Annual statistical returns and brief notes on vaccination in Bengal - 1896-1909
Year: 1896
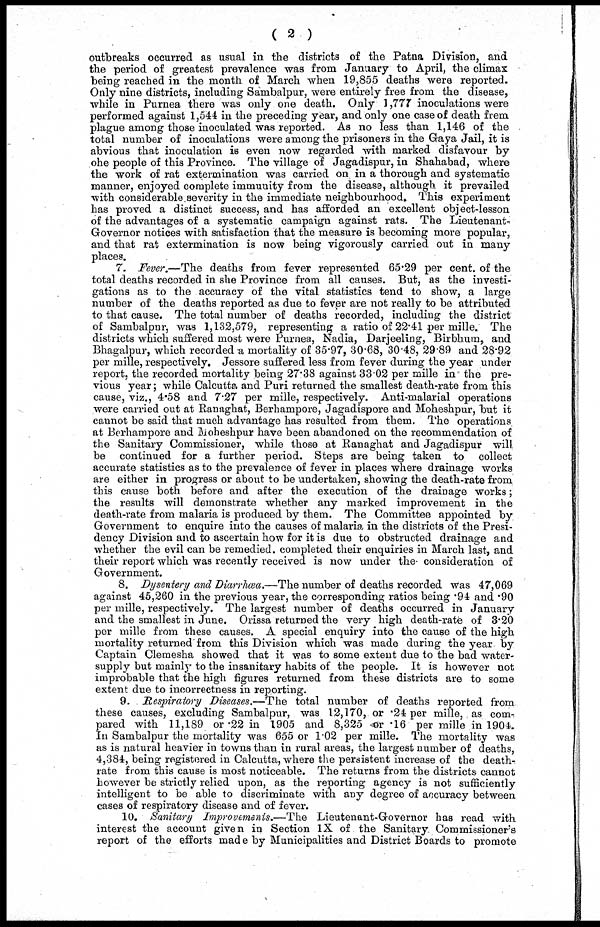
( 2 )
outbreaks occurred as usual in the districts of the Patna Division, and
the period of greatest prevalence was from January to April, the climax
being reached in the month of March when 19,855 deaths were reported.
Only nine districts, including Sambalpur, were entirely free from the disease,
while in Purnea there was only one death. Only 1,777 inoculations were
performed against 1,544 in the preceding year, and only one case of death frem
plague among those inoculated was reported. As no less than 1,146 of the
total number of inoculations were among the prisoners in the Gaya Jail, it is
abvious that inoculation is even now regarded with marked disfavour by
ohe people of this Province. The village of Jagadispur, in Shahabad, where
the work of rat extermination was carried on in a thorough and systematic
manner, enjoyed complete immunity from the disease, although it prevailed
with considerable severity in the immediate neighbourhood. This experiment
has proved a distinct success, and has afforded an excellent object-lesson
of the advantages of a systematic campaign against rats. The Lieutenant-
Governor notices with satisfaction that the measure is becoming more popular,
and that rat extermination is now being vigorously carried out in many
places.
7. Fever.—The deaths from fever represented 65.29 per cent. of the
total deaths recorded in she Province from all causes. But, as the investi-
gations as to the accuracy of the vital statistics tend to show, a large
number of the deaths reported as due to fever are not really to be attributed
to that cause. The total number of deaths recorded, including the district
of Sambalpur, was 1,132,579, representing a ratio of 22.41 per mille. The
districts which suffered most were Purnea, Nadia, Darjeeling, Birbhum, and
Bhagalpur, which recorded a mortality of 35.97, 30.68, 30.48, 29.89 and 28.92
per mille, respectively. Jessore suffered less from fever during the year under
report, the recorded mortality being 27.38 against 33.02 per mille in the pre-
vious year; while Calcutta and Puri returned the smallest death-rate from this
cause, viz., 4.58 and 7.27 per mille, respectively. Anti-malarial operations
were carried out at Ranaghat, Berhampore, Jagadispore and Moheshpur, but it
cannot be said that much advantage has resulted from them. The operations,
at Berhampore and Moheshpur have been abandoned on the recommendation of
the Sanitary Commissioner, while those at Ranaghat and Jagadispur will
be continued for a further period. Steps are being taken to collect
accurate statistics as to the prevalence of fever in places where drainage works
are either in progress or about to be undertaken, showing the death-rate from
this cause both before and after the execution of the drainage works;
the results will demonstrate whether any marked improvement in the
death-rate from malaria is produced by them. The Committee appointed by
Government to enquire into the causes of malaria in the districts of the Presi-
dency Division and to ascertain how for it is due to obstructed drainage and
whether the evil can be remedied completed their enquiries in March last, and
their report which was recently received is now under the consideration of
Government.
8. Dysentery and Diarrhæa.—The number of deaths recorded was 47,069
against 45,260 in the previous year, the corresponding ratios being .94 and .90
per mille, respectively. The largest number of deaths occurred in January
and the smallest in June. Orissa returned the very high death-rate of 3.20
per mille from these causes. A special enquiry into the cause of the high
mortality returned from this Division which was made during the year by
Captain Clemesha showed that it was to some extent due to the bad water-
supply but mainly to the insanitary habits of the people. It is however not
improbable that the high figures returned from these districts are to some
extent due to incorrectness in reporting.
9. Respiratory Diseases.—The total number of deaths reported from
these causes, excluding Sambalpur, was 12,170, or .24 per mille, as com-
pared with 11,189 or .22 in 1905 and 8,325 or .16 per mille in 1904.
In Sambalpur the mortality was 655 or 1.02 per mille. The mortality was
as is natural heavier in towns than in rural areas, the largest number of deaths,
4,384, being registered in Calcutta, where the persistent increase of the death-
rate from this cause is most noticeable. The returns from the districts cannot
however be strictly relied upon, as the reporting agency is not sufficiently
intelligent to be able to discriminate with any degree of accuracy between
cases of respiratory disease and of fever.
10. Sanitary Improvements.—The Lieutenant-Governor has read with
interest the account given in Section 1X of the Sanitary Commissioner's
report of the efforts made by Municipalities and District Boards to promote